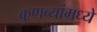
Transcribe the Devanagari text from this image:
कुणब्यांमध्ये